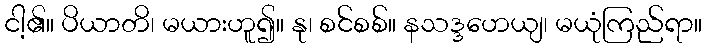
ငါ့၏။ ပိယာတိ၊ မယားဟူ၍။ နု၊ စင်စစ်။ နသဒ္ဒဟေယျ၊ မယုံကြည်ရာ။